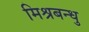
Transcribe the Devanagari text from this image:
मिश्रबन्धु